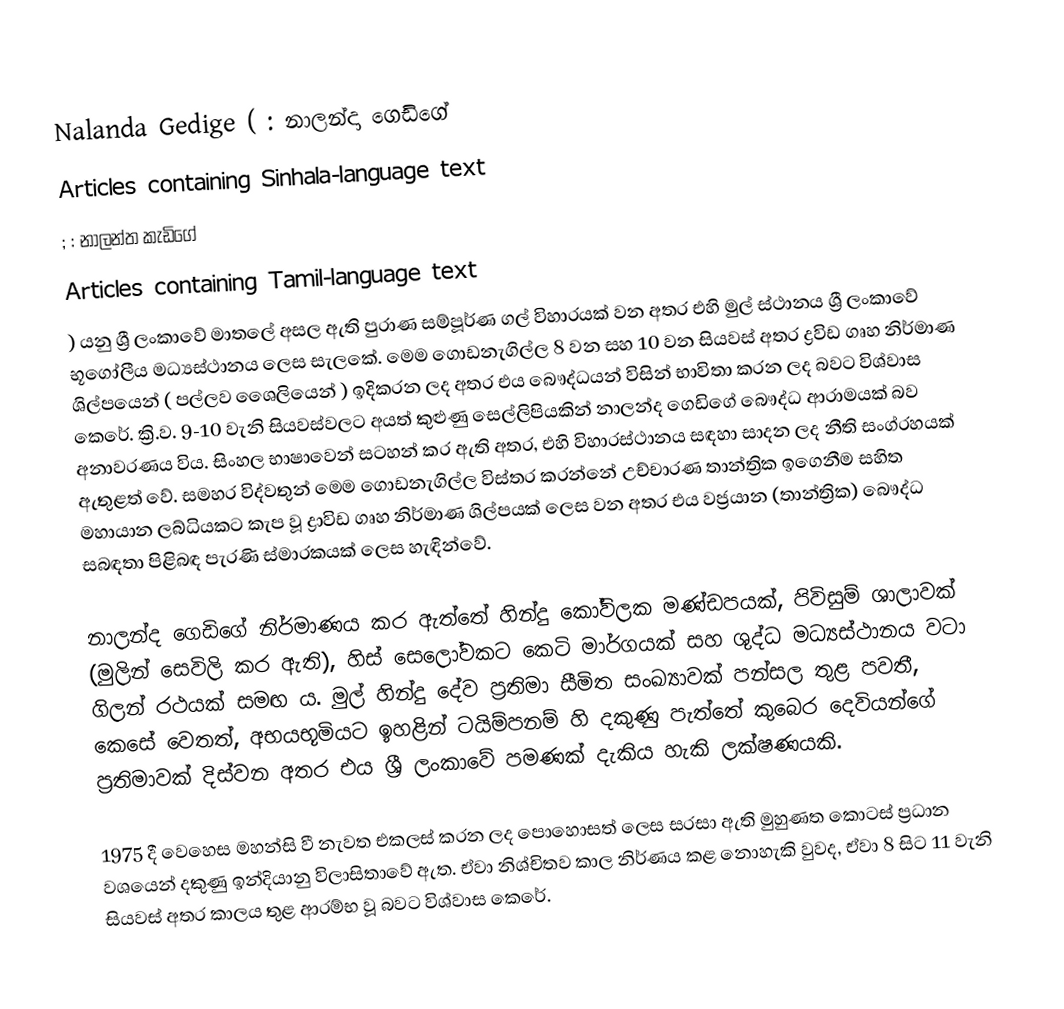
Nalanda Gedige (  : නාලන්දා ගෙඩිගේ
Articles containing Sinhala-language text
;  : නාලන්ත කැඩිගේ
Articles containing Tamil-language text
) යනු ශ්‍රී ලංකාවේ මාතලේ අසල ඇති පුරාණ සම්පූර්ණ ගල් විහාරයක් වන අතර එහි මුල් ස්ථානය ශ්‍රී ලංකාවේ භූගෝලීය මධ්‍යස්ථානය ලෙස සැලකේ.  මෙම ගොඩනැගිල්ල 8 වන සහ 10 වන සියවස් අතර ද්‍රවිඩ ගෘහ නිර්මාණ ශිල්පයෙන් ( පල්ලව ශෛලියෙන් ) ඉදිකරන ලද අතර එය බෞද්ධයන් විසින් භාවිතා කරන ලද බවට විශ්වාස කෙරේ.   ක්‍රි.ව. 9-10 වැනි සියවස්වලට අයත් කුළුණු සෙල්ලිපියකින් නාලන්ද ගෙඩිගේ බෞද්ධ ආරාමයක් බව අනාවරණය විය.  සිංහල භාෂාවෙන් සටහන් කර ඇති අතර, එහි විහාරස්ථානය සඳහා සාදන ලද නීති සංග්රහයක් ඇතුළත් වේ.  සමහර විද්වතුන් මෙම ගොඩනැගිල්ල විස්තර කරන්නේ උච්චාරණ තාන්ත්‍රික ඉගෙනීම සහිත මහායාන ලබ්ධියකට කැප වූ ද්‍රාවිඩ ගෘහ නිර්මාණ ශිල්පයක් ලෙස වන අතර එය වජ්‍රයාන (තාන්ත්‍රික) බෞද්ධ සබඳතා පිළිබඳ පැරණි ස්මාරකයක් ලෙස හැඳින්වේ.

නාලන්ද ගෙඩිගේ නිර්මාණය කර ඇත්තේ හින්දු කෝවිලක මණ්ඩපයක්, පිවිසුම් ශාලාවක් (මුලින් සෙවිලි කර ඇති), හිස් සෙලෝවකට කෙටි මාර්ගයක් සහ ශුද්ධ මධ්‍යස්ථානය වටා ගිලන් රථයක් සමඟ ය. මුල් හින්දු දේව ප්‍රතිමා සීමිත සංඛ්‍යාවක් පන්සල තුළ පවතී, කෙසේ වෙතත්, අභයභූමියට ඉහළින් ටයිම්පනම් හි දකුණු පැත්තේ කුබෙර දෙවියන්ගේ ප්‍රතිමාවක් දිස්වන අතර එය ශ්‍රී ලංකාවේ පමණක් දැකිය හැකි ලක්ෂණයකි.

1975 දී වෙහෙස මහන්සි වී නැවත එකලස් කරන ලද පොහොසත් ලෙස සරසා ඇති මුහුණත කොටස් ප්‍රධාන වශයෙන් දකුණු ඉන්දියානු විලාසිතාවේ ඇත. ඒවා නිශ්චිතව කාල නිර්ණය කළ නොහැකි වුවද, ඒවා 8 සිට 11 වැනි සියවස් අතර කාලය තුළ ආරම්භ වූ බවට විශ්වාස කෙරේ.